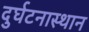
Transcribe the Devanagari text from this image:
दुर्घटनास्थान